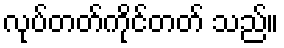
လုပ်တတ်ကိုင်တတ် သည်။